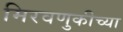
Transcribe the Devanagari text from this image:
मिरवणुकीच्या